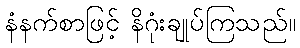
နံနက်စာဖြင့် နိဂုံးချုပ်ကြသည်။